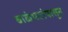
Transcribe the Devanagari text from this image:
बाळंभटांपासून